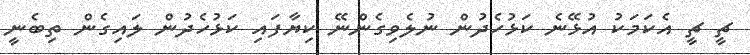
ޗީ ޗީ އެކަމަކު އުޅޭނެ ކަޅުހެދުން ނުލެވިގެންނޭ ކިޔާފައި ކަޅުހެދުން ލައިގެން ތިބެނީ